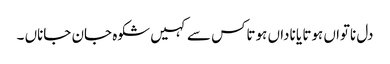
دل ناتواں ہوتا یا ناداں ہوتاکس سے کہیں شکوہ جان جاناں ۔